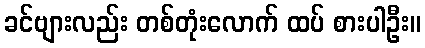
ခင်ဗျားလည်း တစ်တုံးလောက် ထပ် စားပါဦး။